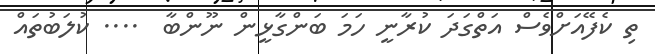
ތި ކެފޭއަށްވެސް އަތްގަދަ ކުރާނީ ހަމަ ބަންގާޅީން ނޫންބާ  .... ކުލަބުތައް